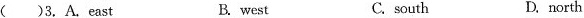
( )3, A.East B. west C. south D. north